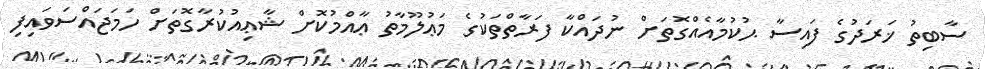
ސާބިތު ޚަރަދުގެ ފައިސާ ޙުކުމާއެއްގޮތަށް ނުދައްކާ ފަރާތްތަކުގެ މަޢުލޫމާތު ޢާއްމުކޮށް ޝާޢިއުކުރާގޮތަށް ހަމަޖައްސަވައިފި